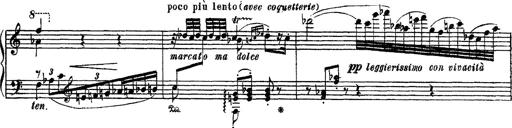
Title: Apparitions
Composer: Franz Liszt